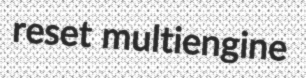
reset multiengine